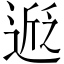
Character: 𬨵